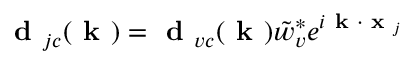
\textbf { d } _ { j c } ( \textbf { k } ) = \textbf { d } _ { v c } ( \textbf { k } ) \tilde { w } _ { v } ^ { * } e ^ { i \textbf { k } \cdot \textbf { x } _ { j } }